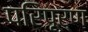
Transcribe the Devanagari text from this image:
परिपूर्ण